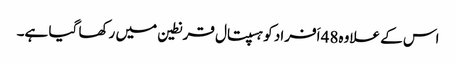
اس کے علاوہ48 اَفراد کو ہسپتال قرنطین میں رکھا گیا ہے۔